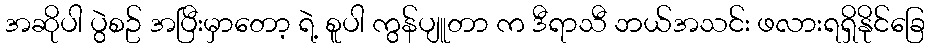
အဆိုပါ ပွဲစဥ် အပြီးမှာတော့ ရဲ့ စူပါ ကွန်ပျူတာ က ဒီရာသီ ဘယ်အသင်း ဖလားရရှိနိုင်ခြေ